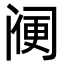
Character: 𨸇